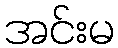
အင်းမ